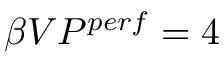
\beta V P ^ { p e r f } = 4